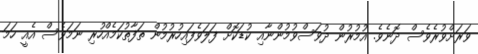
ވަރަށްވުރެވެސް ދޮނެވެ. އުމުރުން ދުވަސްވުމުންނާއި ކުޑަކޮށް ފަލަވެފައިހުރުމުން ތަފާތުކަމެއްހުރި ނަމަވެސް އެއީ ހަމަ